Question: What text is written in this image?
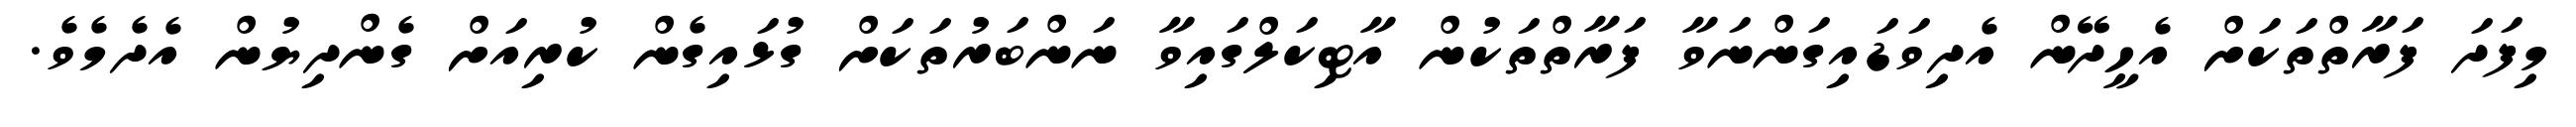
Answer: މިފަދަ ފަރާތްތަކަށް އެހީދޭން އެދިވަޑައިގަންނަވާ ފަރާތްތަކުން އާޓިކަލްގައިވާ ނަންބަރުތަކަށް ގުޅައިގެން ކުރިއަށް ގެންދިޔުން އެދެމެވެ.